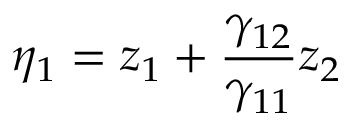
\eta _ { 1 } = z _ { 1 } + \frac { \gamma _ { 1 2 } } { \gamma _ { 1 1 } } z _ { 2 }